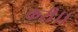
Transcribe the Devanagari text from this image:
करी।।